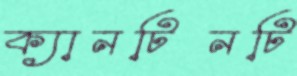
ক্যানটিনটি